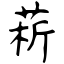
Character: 菥